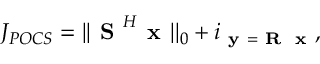
J _ { P O C S } = | | \textbf { S } ^ { H } \textbf { x } | | _ { 0 } + i _ { \textbf { y } = \textbf { R } \textbf { x } } ,